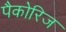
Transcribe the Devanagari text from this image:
पैकोरिज